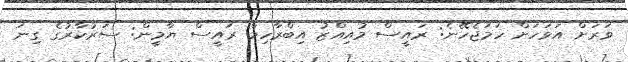
ވަރަށް އަވަހަށް ހަމަޖެހޭނެ: ރައީސް މުއިއްޒު އިބްރާހިމް ރައީސް ޔާމީން: ސަރުކާރުގެ ގިނަ